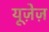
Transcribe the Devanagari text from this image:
यूज़ेज़